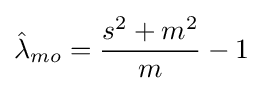
{\hat {\lambda }}_{mo}={\frac {s^{2}+m^{2}}{m}}-1